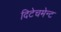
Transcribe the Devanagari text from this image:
दिटेचमेन्ट